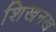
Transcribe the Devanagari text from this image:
शिखनख